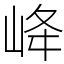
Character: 𡶶